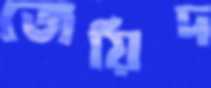
জেয়িদ